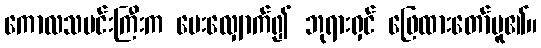
ကောလသမင်းကြီးက မေးလျှောက်၍ ဘုရားရှင် ဖြေထားတော်မူ၏။